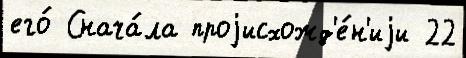
его́ Снача́ла проjисхожд'е́н'иjи 22